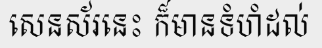
សេនស័រនេះ ក៏មានទំហំដល់